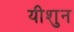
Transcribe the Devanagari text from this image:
यीशुन